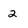
Character: 2